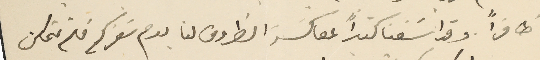
ظافراً وقد أسَفنا كثىراً لمعاكسَة الظروف لنا يوم سَفركم فلم تمكن